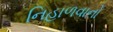
નિહાળવાનો